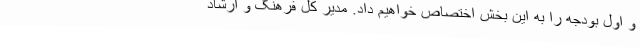
و اول بودجه را به این بخش اختصاص خواهیم داد. مدیر کل فرهنگ و ارشاد